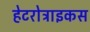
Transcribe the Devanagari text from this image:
हेटरोट्राइकस